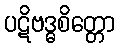
ပဋိဗဒ္ဓစိတ္တော